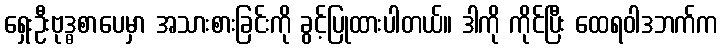
ရှေးဦးဗုဒ္ဓစာပေမှာ အသားစားခြင်းကို ခွင့်ပြုထားပါတယ်။ ဒါကို ကိုင်ပြီး ထေရဝါဒဘက်က